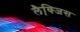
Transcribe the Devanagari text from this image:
लैक्जि़स